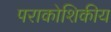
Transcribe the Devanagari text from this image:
पराकोशिकीय